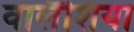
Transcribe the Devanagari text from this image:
वालैंशिया